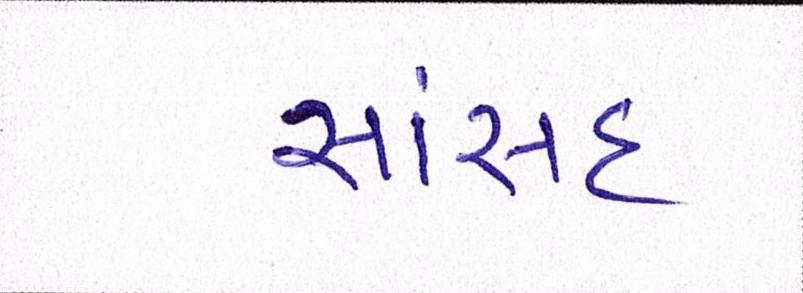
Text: સાંસદ